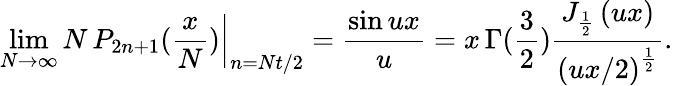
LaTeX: \operatorname*{lim}_{N\rightarrow\infty}\left.N\, P_{2n+1}(\frac{x}{N})\right|_{n=Nt/2}=\frac{\sin ux}{u}=x\, \Gamma(\frac 32)\frac{J_{\frac 12}\left(ux\right)}{\left(ux/2\right)^{\frac 12}}.